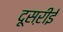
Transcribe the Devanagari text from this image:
दूसऱीई